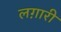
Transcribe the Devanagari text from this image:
लग़ारी